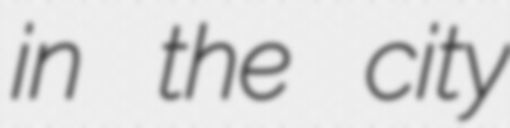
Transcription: in the city